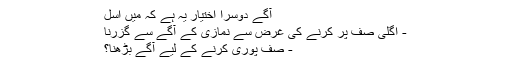
آگے دوسرا اختیار یہ ہے کہ میں اسل
- اگلی صف پر کرنے کی غرض سے نمازی کے آگے سے گزرنا
- صف پوری كرنے كے لیے آگے بڑھنا؟